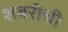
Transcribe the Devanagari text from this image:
शबरीची